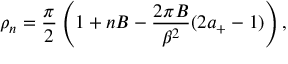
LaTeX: \rho _ { n } = \frac { \pi } { 2 } \left( 1 + n B - \frac { 2 \pi B } { \beta ^ { 2 } } ( 2 a _ { + } - 1 ) \right) ,